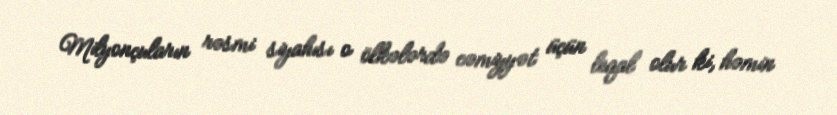
Milyonçuların rəsmi siyahısı o ölkələrdə cəmiyyət üçün leqal olur ki, həmin